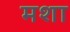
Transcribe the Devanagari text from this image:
मशा